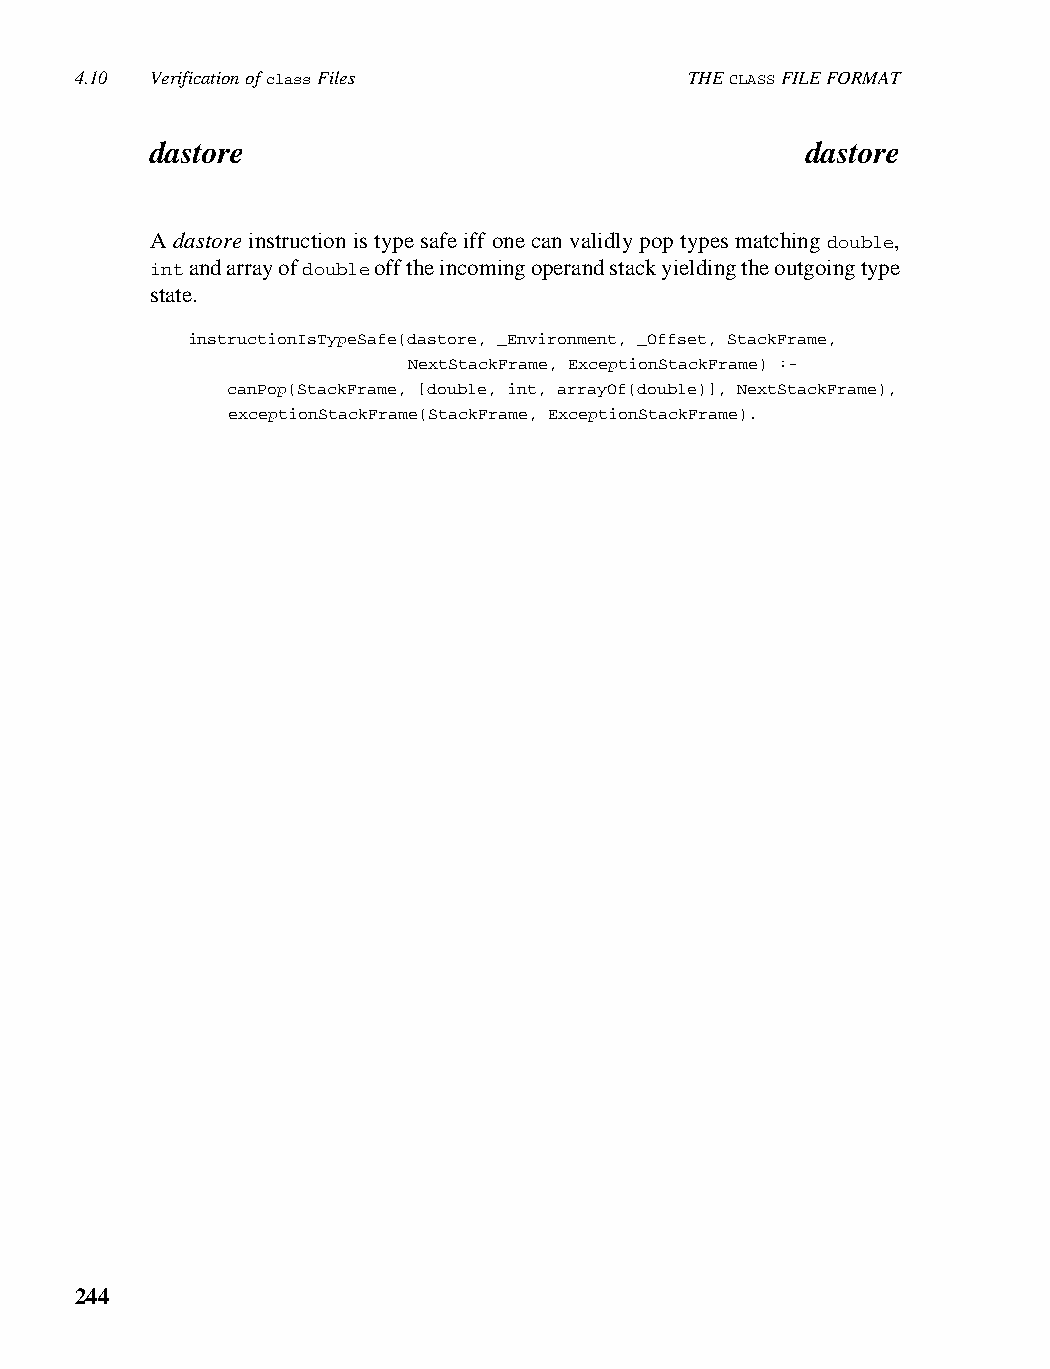
4.10 Verification of class Files         THE CLASS FILE FORMAT
 dastore                                    dastore
 A dastore instruction is type safe iff one can validly pop types matching double,
 int and array of double off the incoming operand stack yielding the outgoing type
 state.
 instructionIsTypeSafe(dastore, _Environment, _Offset, StackFrame,
 NextStackFrame, ExceptionStackFrame) :-
 canPop(StackFrame, [double, int, arrayOf(double)], NextStackFrame),
 exceptionStackFrame(StackFrame, ExceptionStackFrame).
 244